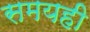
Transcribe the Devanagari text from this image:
समयही